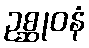
ဥစ္ဆုဝနံ